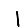
Digit: 1